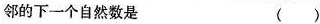
邻的下一个自然数是 ( )